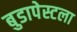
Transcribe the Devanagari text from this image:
बुडापेस्टला